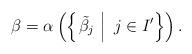
LaTeX: \begin{align*}\beta=\alpha\left(\left\{\left.\tilde{\beta}_j\ \right|\ j\in I'\right\}\right).\end{align*}